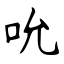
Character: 吮